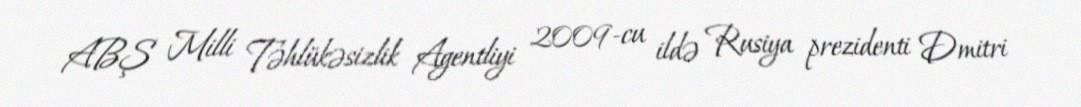
ABŞ Milli Təhlükəsizlik Agentliyi 2009-cu ildə Rusiya prezidenti Dmitri